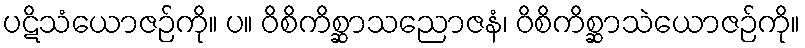
ပဋိသံယောဇဉ်ကို။ ပ။ ဝိစိကိစ္ဆာသညောဇနံ၊ ဝိစိကိစ္ဆာသဲယောဇဉ်ကို။